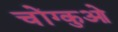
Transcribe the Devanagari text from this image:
चोंग्कुओ